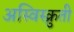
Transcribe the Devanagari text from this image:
अस्विस्क्रुती